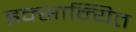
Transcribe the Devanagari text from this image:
इन्सान्यित